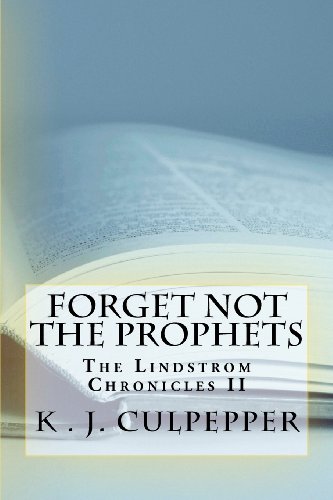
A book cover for Forget Not the Prophets: The Lindstrom Chronicles; K J Culpepper; Christian Books & Bibles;